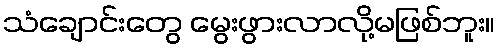
သံချောင်းတွေ မွေးဖွားလာလို့မဖြစ်ဘူး။